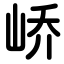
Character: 峤